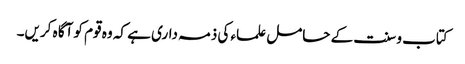
کتاب و سنت کے حامل علماء کی ذمہ داری ہے کہ وہ قوم کو آگا ہ کریں۔